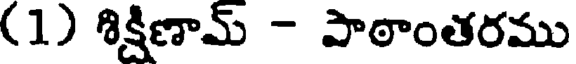
(1) శిక్షిణామ్ - పాఠాంతరము